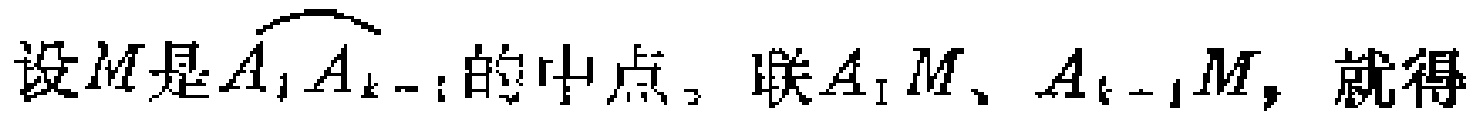
设\(M\)是\(\overset{\frown}{A_{1}A_{k - 1}}\)的中点，联\(A_{1}M\)、\(A_{k - 1}M\)，就得